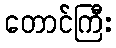
တောင်ကြီး